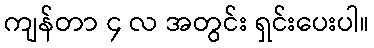
ကျန်တာ ၄ လ အတွင်း ရှင်းပေးပါ။